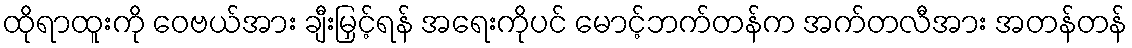
ထိုရာထူးကို ဝေဗယ်အား ချီးမြှင့်ရန် အရေးကိုပင် မောင့်ဘက်တန်က အက်တလီအား အတန်တန်